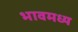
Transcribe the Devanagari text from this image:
भावमध्य